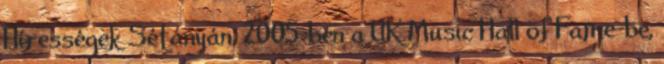
Hírességek Sétányán, 2005-ben a UK Music Hall of Fame-be,